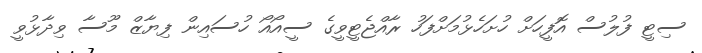
ސިޓީ ފުލުސް އޮފީހަށް ހުށަހެޅުމަށްފަހު ރާއްޖެޓީވީގެ ސީއޯއޯ ހުސައިން ފިޔާޒް މޫސާ ވިދާޅުވީ